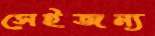
সেইজন্য